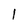
Character: 1